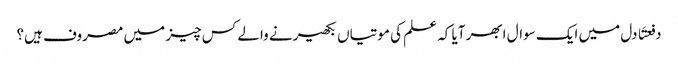
دفعتَا دل میں ایک سوال ابھر آیا کہ علم کی موتیاں بکھیرنے والے کس چیز میں مصروف ہیں؟